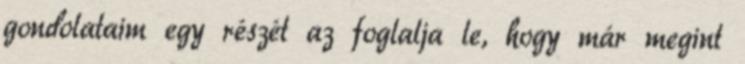
gondolataim egy részét az foglalja le, hogy már megint